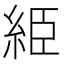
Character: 䋗